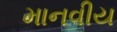
માનવીય